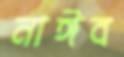
নাঈব